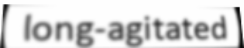
long-agitated